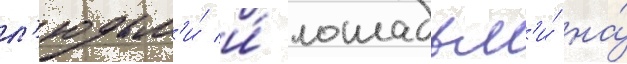
л'юдьм'и́ и́ лошадьм'и́ на́